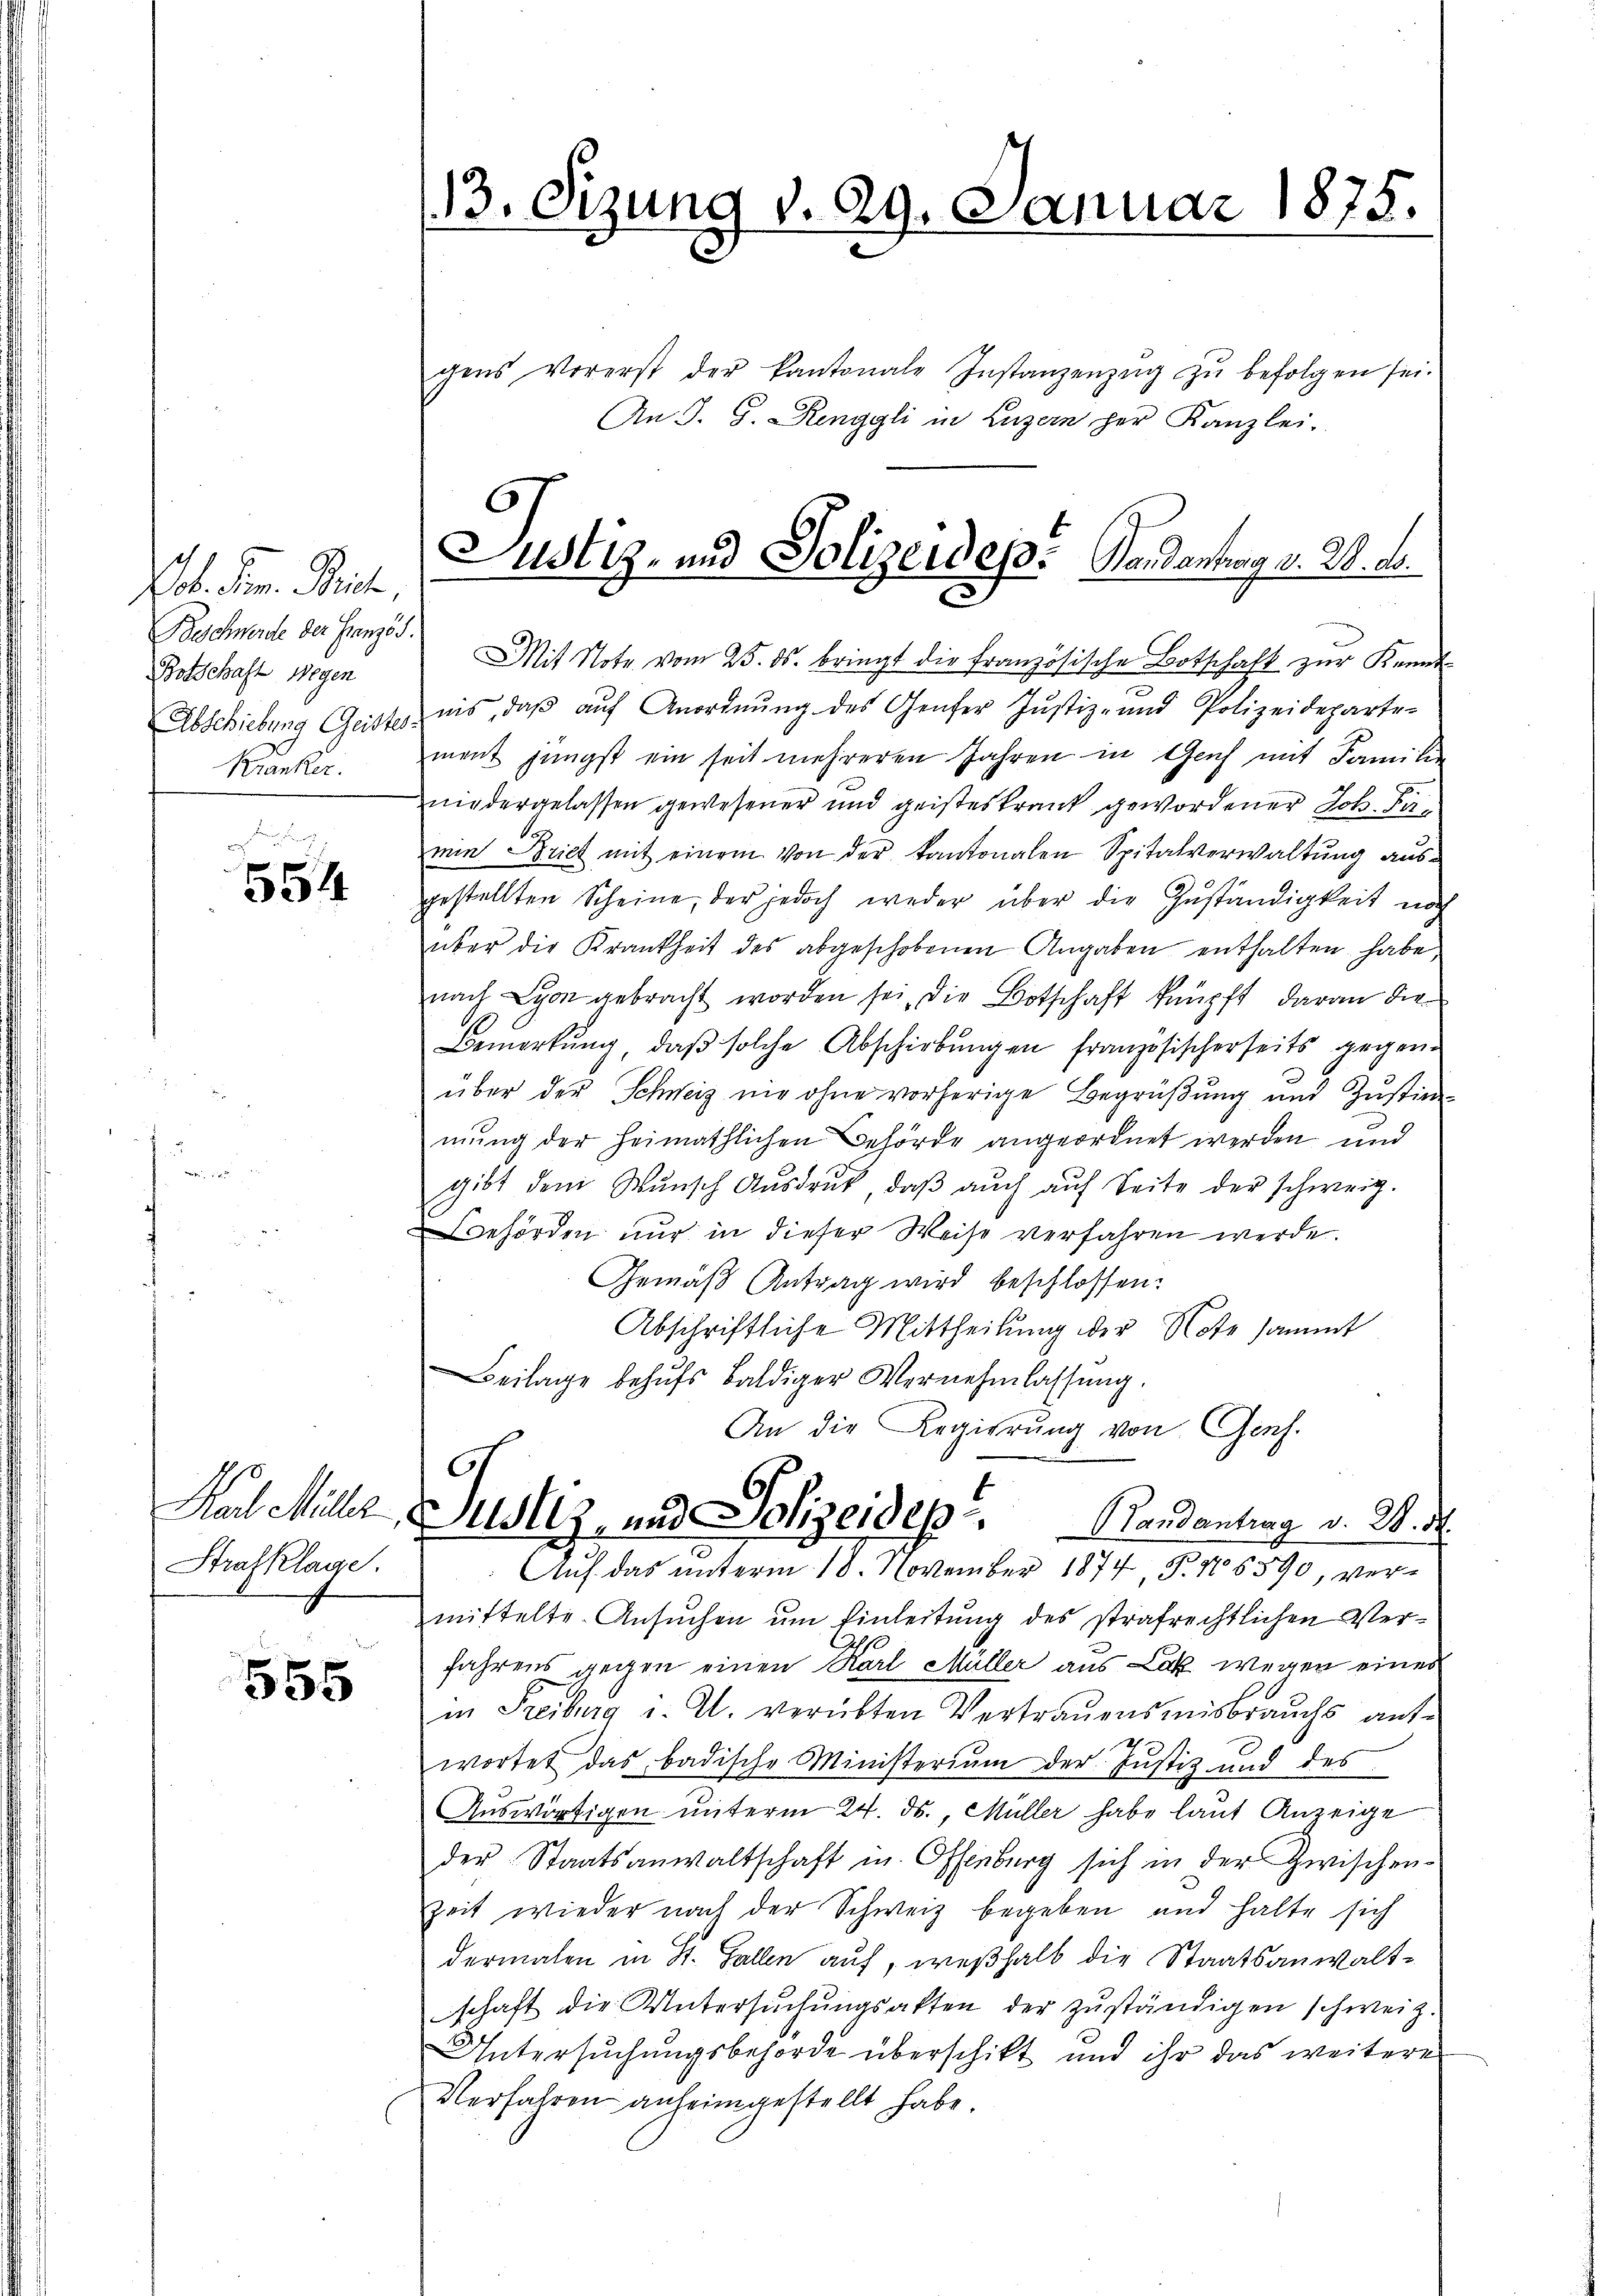
ob. Der Reich,
Bschwerde der Französ.
Botschaft wegen
Abschiebung Geistes
Kranker.

554

Schule
Strafklage.

555

13. Sizung d. 29. Januar 1875.

gens Vorerst der kantonale Instanzenzŭg zŭ befolgen sei.
An J. J. Ringgli in Luzern her Kanzlei-
Mit Note vom 25. ds. bringt die französische Botschaft zŭr Kennt-
nis, daß auf Anordnung des Genfer Justiz- und Polizeideparte-
ment jüngst ein seit mehreren Jahren in Genf mit Familie
niedergelassen gewesener und geisteskrank gewordener Joh. Fürmin. Briet mit einem von der kantonalen Spitalverwaltung ausgestellten Scheine, der jedoch weder über die Zuständigkeit noch
über die Krankheit des abgeschobenen Angaben enthalten habe,
nach Lyon gebracht worden sei, die Botschaft knüpft, daran die
Bemerkŭng, daβ solche Abschiebŭngen französischerseits gegene
über der Schweiz nie ohne vorherige Begrüßung und Zustimmung der heimathlichen Behörde angeordnet werden und
gibt dem Wunsch Ausdruck, daβ aŭch auf Seite der schweiz.
Behörden nur in dieser Weise verfahren werde.
Gemäß Antrag wird beschlossen:
Abschriftliche Mittheilung der Note sammt
Beilage behŭfs baldiger Vernehmlassŭng.
An die Regierung von Ges.
G
Justiz, und Jolizeides Handantrag v. M. D.
Auf das unterm 18. November 1874 § 15590, vermittelte Ansuchen um Einleitung des strafrechtlichen Verfahrens gegen einen Karl Müller aus Lak wegen eines
in Freiburg i. U. verübten Vertrauensmisbrauchs ant¬
2
wortet das badische Ministerium der Justiz und des
Auswärtigen unterm 24. ds., Müller habe laut Anzeige
der Staatsanwaltschaft u. Offenburg sich in der Zwischen-
Zeit wieder nach der Schweiz begeben und halte sich
dermalen in St. Gallen auf, weßhalb die Staatsanwaltschaft die Untersŭchŭngsakten der zŭständigen schweiz.
Untersuchungsbehörde überschikt und ihr das weitere
Verfahren anheimgestellt habe.

Justiz- und Polizeidep.   Bandantrag v. 28. d.
C